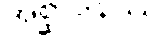
အစ္ဆာဒနဿ